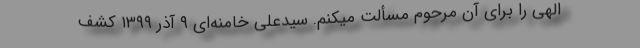
الهی را برای آن مرحوم مسألت میکنم. سیدعلی خامنه‌ای ۹ آذر ۱۳۹۹ کشف